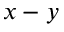
x - y